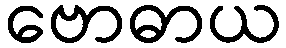
ဗောဓာယ